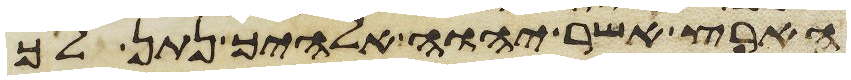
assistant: הארץ אשר יהוה אלהיך נתן לך